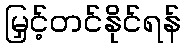
မြှင့်တင်နိုင်ရန်